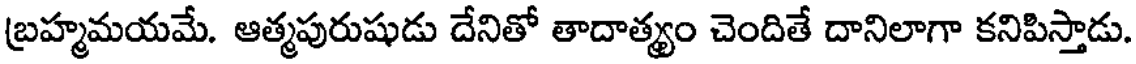
బ్రహ్మమయమే. ఆత్మపురుషుడు దేనితో తాదాత్మ్యం చెందితే దానిలాగా కనిపిస్తాడు.